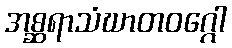
အစ္ဆရာသံဃာတဝဂ္ဂေါ